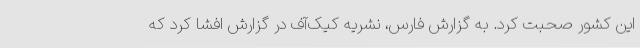
این کشور صحبت کرد. به گزارش فارس، نشریه کیک‌آف در گزارش افشا کرد که